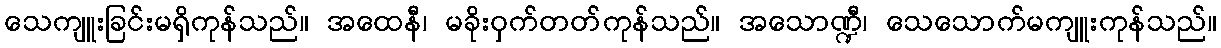
သေကျူးခြင်းမရှိကုန်သည်။ အထေနီ၊ မခိုးဝှက်တတ်ကုန်သည်။ အသောဏ္ဍီ၊ သေသောက်မကျူးကုန်သည်။